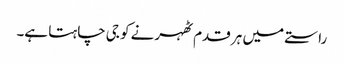
راستے میں ہر قدم ٹھہرنے کو جی چاہتا ہے۔